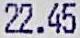
22.45